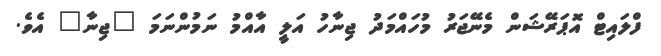
ފްލައިޓް އޮޕަރޭޝަން މެނޭޖަރު މުހައްމަދު ޖިނާހު އަލީ އާއްމު ނަމުންނަމަ "ޖިނާ" އެވެ.